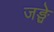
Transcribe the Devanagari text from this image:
जङ्घे